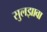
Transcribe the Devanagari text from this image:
सुलझावा